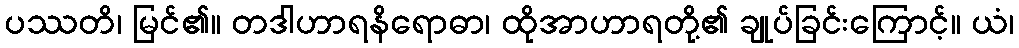
ပဿတိ၊ မြင်၏။ တဒါဟာရနိရောဓာ၊ ထိုအာဟာရတို့၏ ချုပ်ခြင်းကြောင့်။ ယံ၊